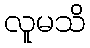
လူမသိ